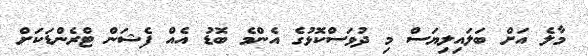
މާލެ އަށް ބަލައިލިޔަސް މި ދުވަސްކޮޅުގެ އެންމެ ބޮޑު އެއް ފެޝަން ޓްރެންޑަކަށް